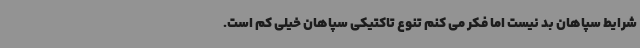
شرایط سپاهان بد نیست اما فکر می کنم تنوع تاکتیکی سپاهان خیلی کم است.